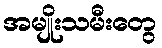
အမျိုးသမီးတွေ